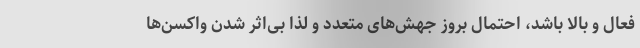
فعال و بالا باشد، احتمال بروز جهش‌های متعدد و لذا بی‌اثر شدن واکسن‌ها